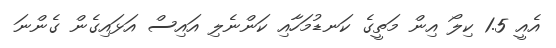
އެއީ 1.5 ކިލޯ އިން މަތީގެ ކަނޑުމަހާއި ކަންނެލި އައިސް އަޅައިގެން ގެންނަ